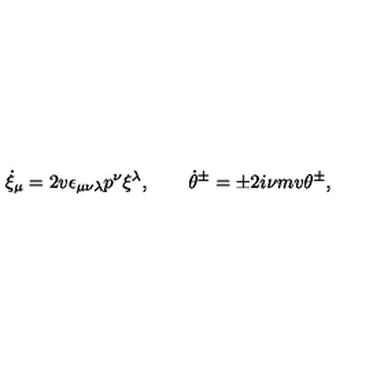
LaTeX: \dot { \xi } _ { \mu } = 2 v \epsilon _ { \mu \nu \lambda } p ^ { \nu } \xi ^ { \lambda } , \qquad \dot { \theta } { } ^ { \pm } = \pm 2 i \nu m v \theta ^ { \pm } ,